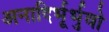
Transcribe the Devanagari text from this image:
अनादिर्भूर्भुवो